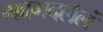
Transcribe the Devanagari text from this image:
गदगदलेलं